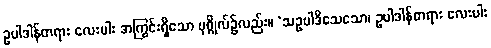
ဥပါဒါန်တရား လေးပါး အကြွင်းရှိသော ပုဂ္ဂိုလ်၌လည်း။ ‘သဥပါဒိသေသော၊ ဥပါဒါန်တရား လေးပါး